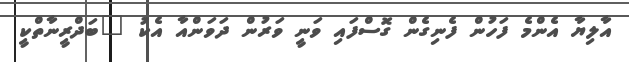
އާލިޔާ އެންމެ ފަހުން ފެނިގެން ގޮސްފައި ވަނީ ވަރުން ދަވަންއާ އެކު "ބަދްރީނާތްކީ